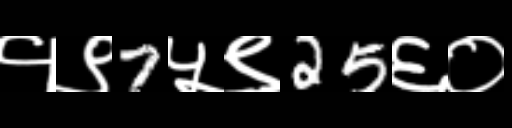
Text: १९7५९25६०